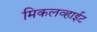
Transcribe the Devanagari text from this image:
मिकलव्हाईट